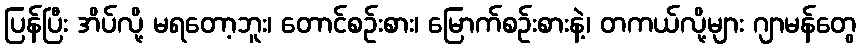
ပြန်ပြီး အိပ်လို့ မရတော့ဘူး၊ တောင်စဉ်းစား၊ မြောက်စဉ်းစားနဲ့၊ တကယ်လို့များ ဂျာမန်တွေ